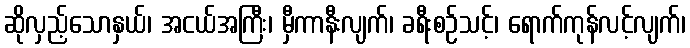
ဆိုလှည့်သောနှယ်၊ အငယ်အကြီး၊ မှီကာနီးလျက်၊ ခရီးစဉ်သင့်၊ ရောက်ကုန်လင့်လျက်၊